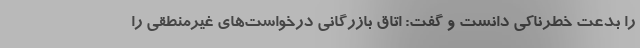
را بدعت خطرناکی دانست و گفت: اتاق بازرگانی درخواست‌های غیرمنطقی را